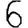
Digit: 6